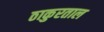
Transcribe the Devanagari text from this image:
ठाकुरताल